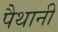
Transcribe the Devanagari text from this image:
पैथानी